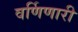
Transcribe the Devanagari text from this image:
वर्णिणारी